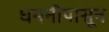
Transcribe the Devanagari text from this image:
धमनीपासून